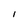
Character: 1